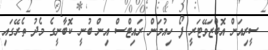
ސީރިއަން އޮބްޒަވޭޓަރީ ފޯ ހިއުމަން ރައިޓްސް އިން ބުނީ ކޮބާނީގެ މެދު ތެރޭގައި